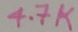
Text: 4.7K